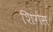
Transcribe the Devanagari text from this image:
शिगेस